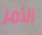
الأمر